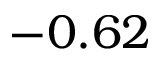
- 0 . 6 2